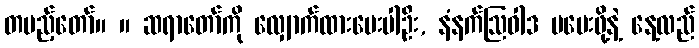
တပည့်တော်။ ။ ဆရာတော်ကို လျှောက်ထားပေးပါဦး, နံနက်ဩဝါဒ မပေးဖို့နဲ့ နေ့လည်